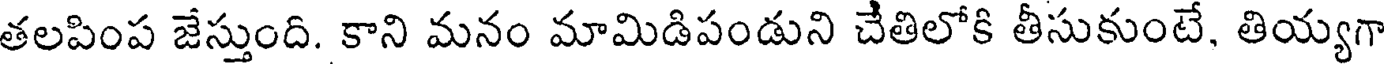
తలపింప జేస్తుంది. కాని మనం మామిడిపండుని చేతిలోకి తీసుకుంటే, తియ్యగా